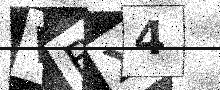
Text: VBX4